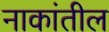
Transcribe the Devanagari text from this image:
नाकांतील